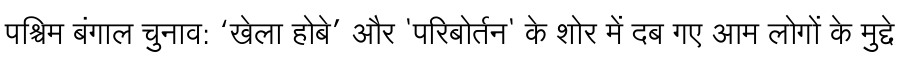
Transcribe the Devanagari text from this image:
पश्चिम बंगाल चुनाव: ‘खेला होबे’ और 'परिबोर्तन' के शोर में दब गए आम लोगों के मुद्दे